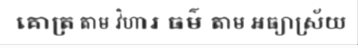
គោត្រ តាម វិហារ ធម៌ តាម អធ្យាស្រ័យ